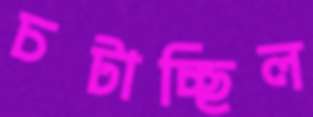
চটাচ্ছিল